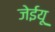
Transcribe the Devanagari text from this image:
जेईयू